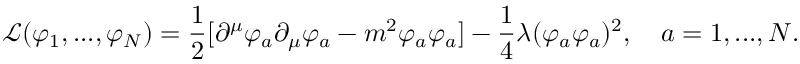
{ \mathcal { L } } ( \varphi _ { 1 } , . . . , \varphi _ { N } ) = { \frac { 1 } { 2 } } [ \partial ^ { \mu } \varphi _ { a } \partial _ { \mu } \varphi _ { a } - m ^ { 2 } \varphi _ { a } \varphi _ { a } ] - { \frac { 1 } { 4 } } \lambda ( \varphi _ { a } \varphi _ { a } ) ^ { 2 } , \quad a = 1 , . . . , N .